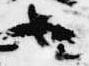
也